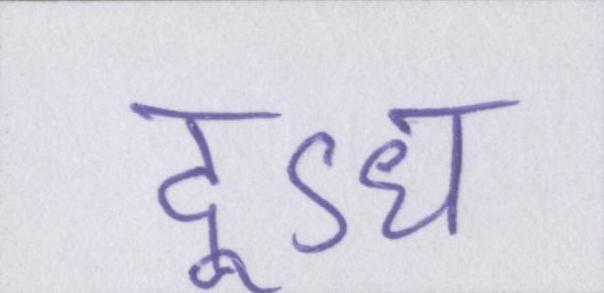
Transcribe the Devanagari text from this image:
दूऽध